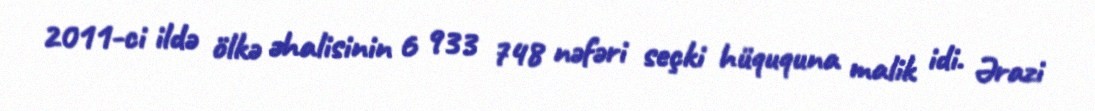
2011-ci ildə ölkə əhalisinin 6 933 748 nəfəri seçki hüququna malik idi. Ərazi